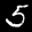
Label: 5